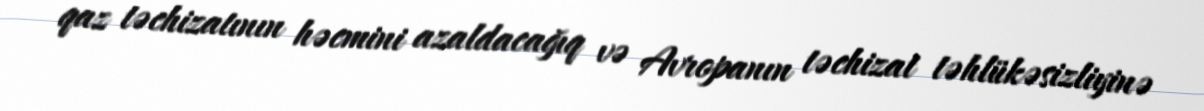
qaz təchizatının həcmini azaldacağıq və Avropanın təchizat təhlükəsizliyinə